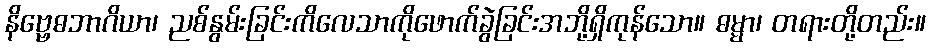
နိဗ္ဗေဓဘာဂိယာ၊ ညစ်နွမ်းခြင်းကိလေသာကိုဖောက်ခွဲခြင်းအဘို့ရှိကုန်သော။ ဓမ္မာ၊ တရားတို့တည်း။